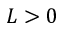
L > 0